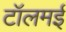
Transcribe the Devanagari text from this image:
टॉलमई